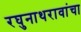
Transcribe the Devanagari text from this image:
रघुनाथरावांचा